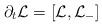
LaTeX: \begin{align*}\partial_t \mathcal{L}=[\mathcal{L},\mathcal{L}_-]\end{align*}